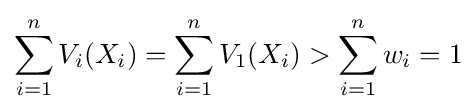
\sum _{i=1}^{n}V_{i}(X_{i})=\sum _{i=1}^{n}V_{1}(X_{i})>\sum _{i=1}^{n}w_{i}=1